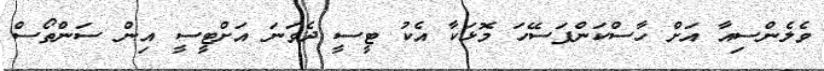
ވެލެންސިއާ އަށް ހާސްކަންފަސޭހަ މޮޅަކާ އެކު ޓީސީ ދެވަނަ އަށްޓީސީ އިން ސަންތޯސް